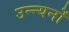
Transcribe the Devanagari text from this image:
उन्न्यनों